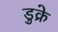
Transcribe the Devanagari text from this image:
डुक्रे